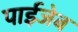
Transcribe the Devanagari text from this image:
पाईजेब